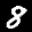
Label: 8